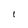
Character: 1